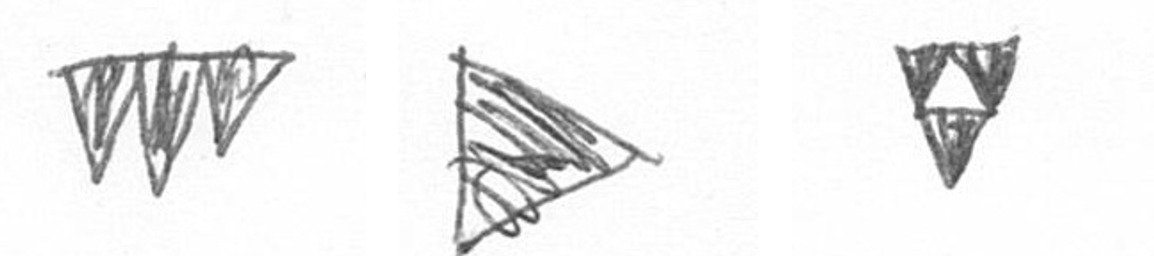
L T S